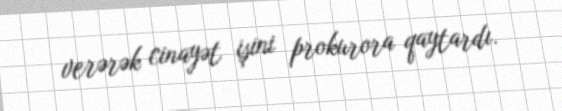
verərək cinayət işini prokurora qaytardı.